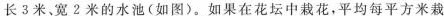
长3米、宽2米的水池(如图)。如果在花坛中栽花，平均每平方米栽